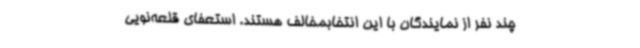
چند نفر از نمایندگان با این انتخابمخالف هستند. استعفای قلعه‌نویی